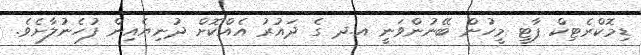
ޑިމޮކްރެޓިކް ޕާޓީ މީހުން ބޭނުންވަނީ އ.ދ ގެ ދައުރު އެއްކޮށް ދުނިޔެއިން ފުހެނުލާށެވެ.